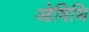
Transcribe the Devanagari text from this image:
ओषिधि